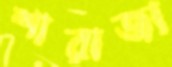
শারাজা